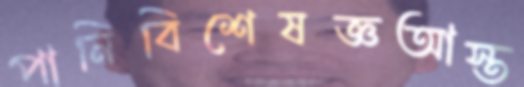
পানিবিশেষজ্ঞআস্ত